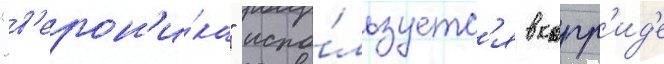
"в'ерон'и́ка" испо́льзуетс'я в корр'ид'е